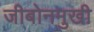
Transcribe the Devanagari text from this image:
जीबोनमुखी